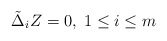
\begin{align*} \tilde{\Delta}_i Z = 0, \; 1 \leq i \leq m \end{align*}